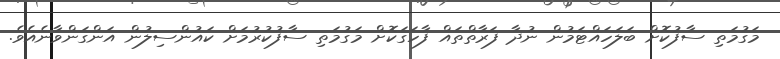
މަގުމަތި ސާފުކޮށް ބަލަހައްޓަމުން ނުދާ ފަރާތްތައް ފާހަގަކޮށް މަގުމަތި ސާފުކުރުމަށް ކައުންސިލުން އަންގަންވާނެއެވެ.